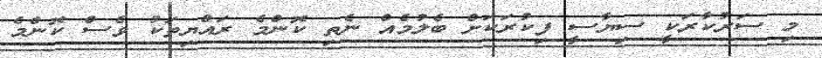
މި ސަރުކާރަކީ ސިޔާސީ ފިކުރަކަށް ބެލުމެއް ނެތި ކޮންމެ ރައްޔިތަކު ވެސް ކޮންމެ